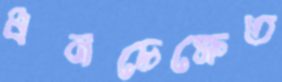
ধনচেক্ষেত